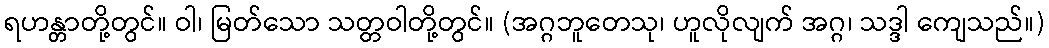
ရဟန္တာတို့တွင်။ ဝါ၊ မြတ်သော သတ္တဝါတို့တွင်။ (အဂ္ဂဘူတေသု၊ ဟူလိုလျက် အဂ္ဂ၊ သဒ္ဒါ ကျေသည်။)